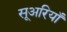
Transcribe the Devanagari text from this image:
सूअरियाँ